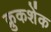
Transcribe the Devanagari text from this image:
क्रुकशेंक